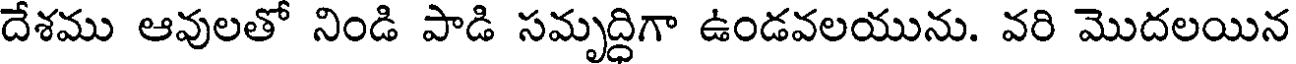
దేశము ఆవులతో నిండి పాడి సమృద్ధిగా ఉండవలయును. వరి మొదలయిన